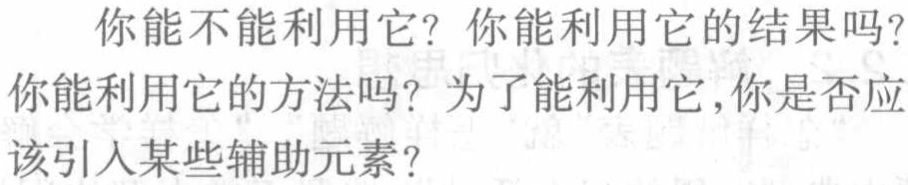
你能不能利用它？你能利用它的结果吗？
你能利用它的方法吗？为了能利用它,你是否应
该引人某些辅助元素？